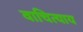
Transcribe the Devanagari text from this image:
वाचित्याय